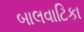
બાલવાટિકા